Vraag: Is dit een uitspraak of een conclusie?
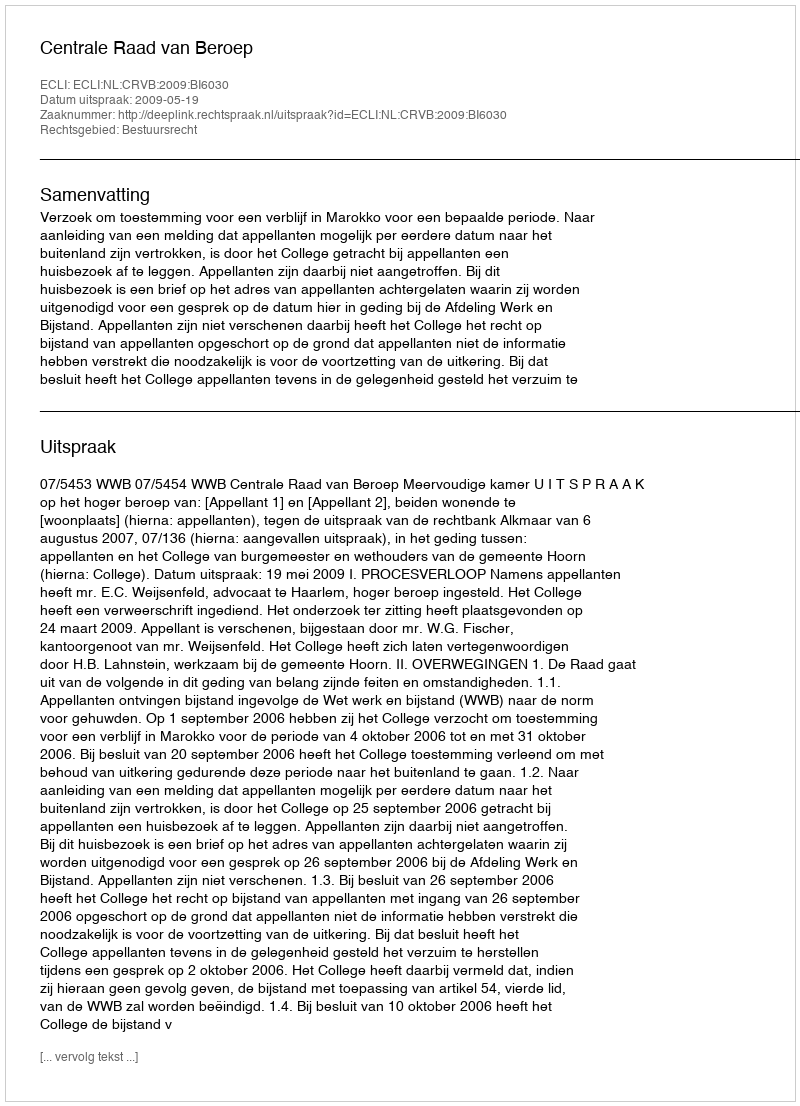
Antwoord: Uitspraak